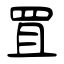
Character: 罝